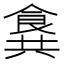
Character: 𩛛